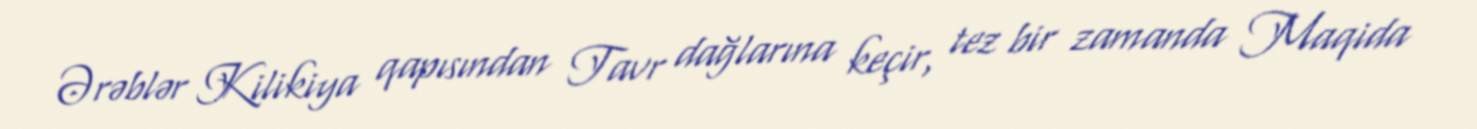
Ərəblər Kilikiya qapısından Tavr dağlarına keçir, tez bir zamanda Maqida